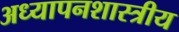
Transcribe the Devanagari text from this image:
अध्यापनशास्त्रीय